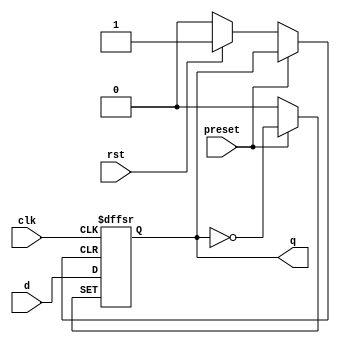
module dff_async_preset (
    input clk,
    input rst,
    input preset,
    input d,
    output reg q
);

always @(posedge clk or posedge rst or posedge preset) begin
    if (rst) begin
        q <= 1'b0;
    end else if (preset) begin
        q <= ~q;
    end else begin
        q <= d;
    end
end

endmodule